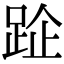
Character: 𨀣